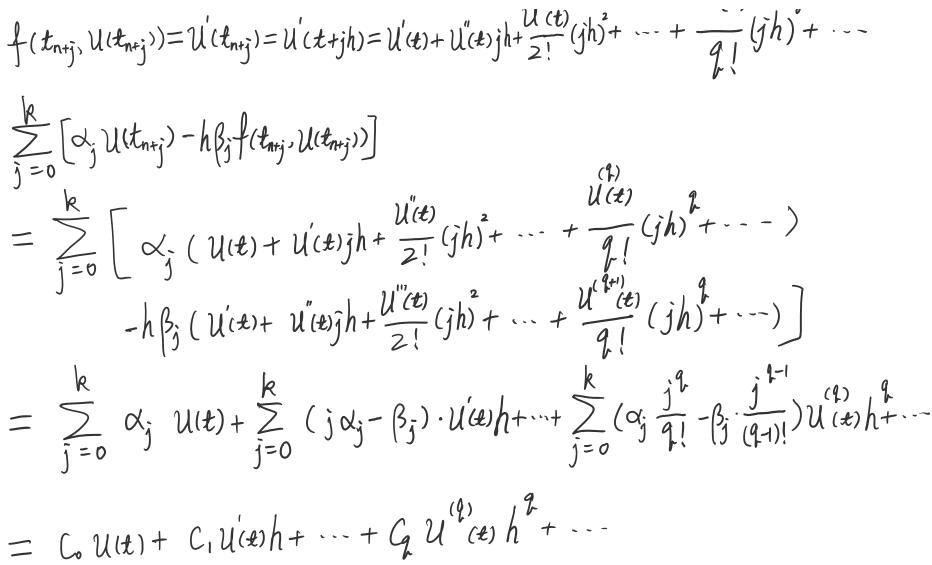
\[
\begin{align*}
&f(t_{n + j}, u(t_{n + j})) = u'(t_{n + j}) = u'(t + jh) = u'(t)+u''(t)jh+\frac{u^{(3)}(t)}{2!}(jh)^2+\cdots+\frac{u^{(q)}(t)}{q!}(jh)^q+\cdots\\
&\sum_{j = 0}^{k}[\alpha_j u(t_{n + j})-h\beta_j f(t_{n + j}, u(t_{n + j}))]\\
=&\sum_{j = 0}^{k}\left[\alpha_j\left(u(t)+u'(t)jh+\frac{u''(t)}{2!}(jh)^2+\cdots+\frac{u^{(q)}(t)}{q!}(jh)^q+\cdots\right)\right.\\
&\left.\quad -h\beta_j\left(u'(t)+u''(t)jh+\frac{u^{(3)}(t)}{2!}(jh)^2+\cdots+\frac{u^{(q + 1)}(t)}{q!}(jh)^q+\cdots\right)\right]\\
=&\sum_{j = 0}^{k}\alpha_j u(t)+\sum_{j = 0}^{k}(j\alpha_j-\beta_j)\cdot u'(t)h+\cdots+\sum_{j = 0}^{k}\left(\alpha_j\frac{j^q}{q!}-\beta_j\frac{j^{q - 1}}{(q - 1)!}\right)u^{(q)}(t)h^q+\cdots\\
=&C_0 u(t)+C_1 u'(t)h+\cdots + C_q u^{(q)}(t)h^q+\cdots
\end{align*}
\]